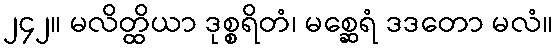
၂၄၂။ မလိတ္ထိယာ ဒုစ္စရိတံ၊ မစ္ဆေရံ ဒဒတော မလံ။